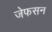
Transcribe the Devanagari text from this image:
जेफसन